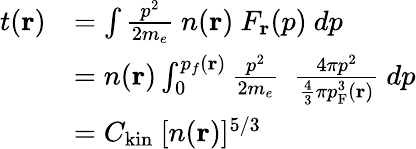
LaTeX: {\begin{array}{rl}{t(\mathbf{r})}&{=\int{\frac{p^{2}}{2m_{e}}}\ n(\mathbf{r})\ F_{\mathbf{r}}(p)\ dp}\\ &{=n(\mathbf{r})\int_{0}^{p_{f}(\mathbf{r})}{\frac{p^{2}}{2m_{e}}}\ \ {\frac{4\pi p^{2}}{{\frac{4}{3}}\pi p_{\mathrm{{F}}}^{3}(\mathbf{r})}}\ dp}\\ &{=C_{\mathrm{{kin}}}\ [n(\mathbf{r})]^{5/3}}\end{array}}